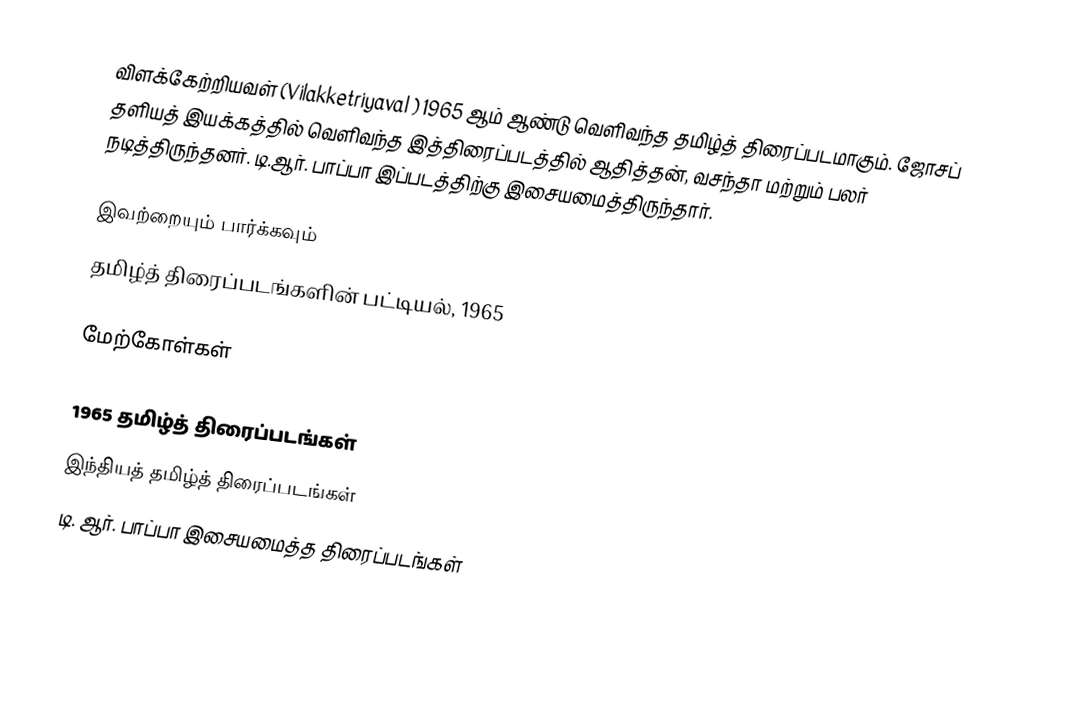
விளக்கேற்றியவள் (Vilakketriyaval ) 1965 ஆம் ஆண்டு வெளிவந்த தமிழ்த் திரைப்படமாகும். ஜோசப் தளியத் இயக்கத்தில் வெளிவந்த இத்திரைப்படத்தில் ஆதித்தன், வசந்தா மற்றும் பலர் நடித்திருந்தனர். டி.ஆர். பாப்பா இப்படத்திற்கு இசையமைத்திருந்தார்.

இவற்றையும் பார்க்கவும்
 தமிழ்த் திரைப்படங்களின் பட்டியல், 1965

மேற்கோள்கள்

1965 தமிழ்த் திரைப்படங்கள்
இந்தியத் தமிழ்த் திரைப்படங்கள்
டி. ஆர். பாப்பா இசையமைத்த திரைப்படங்கள்